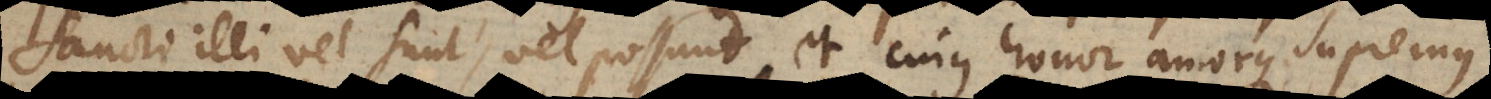
Sancti illi vel sunt vel possunt et cujus honor amorque supremus